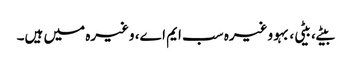
بیٹے، بیٹی، بہو وغیرہ سب ایم اے، وغیرہ میں ہیں۔